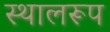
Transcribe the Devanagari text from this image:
स्थालरूप